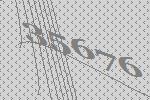
35676